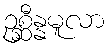
ဥစ္ဆီန္နမူလာ